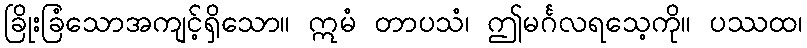
ခြိုးခြံသောအကျင့်ရှိသော။ ဣမံ တာပသံ၊ ဤမင်္ဂလရသေ့ကို။ ပဿထ၊